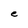
Character: e